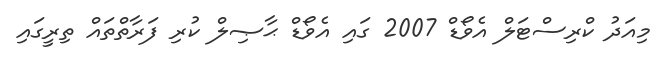
މިއަދު ކްރިސްޓަލް އެވޯޑް 2007 ގައި އެވޯޑް ޙާޞިލް ކުރި ފަރާތްތައް ތިރީގައި